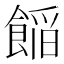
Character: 𮩁